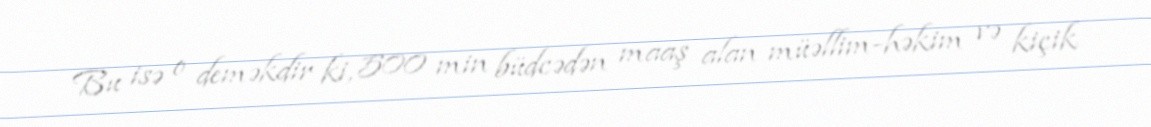
Bu isə o deməkdir ki, 500 min büdcədən maaş alan müəllim-həkim və kiçik